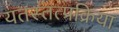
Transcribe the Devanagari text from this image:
यतस्तत्प्रक्रिया